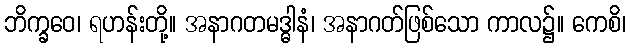
ဘိက္ခဝေ၊ ရဟန်းတို့။ အနာဂတမဒ္ဓါနံ၊ အနာဂတ်ဖြစ်သော ကာလ၌။ ကေစိ၊